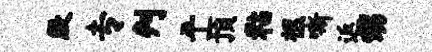
殷专判平预粘柩嘶返甥